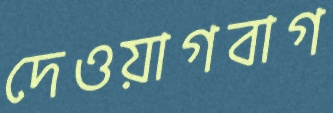
দেওয়াগবাগ